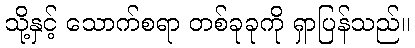
သို့နှင့် သောက်စရာ တစ်ခုခုကို ရှာပြန်သည်။